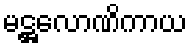
မဋ္ဌလောဏိကာယ